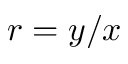
r = y / x